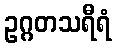
ဥဂ္ဂတသရီရံ